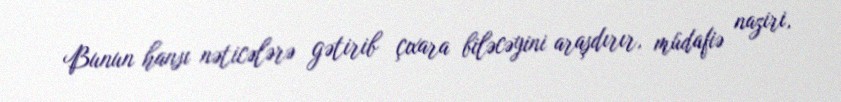
Bunun hansı nəticələrə gətirib çıxara biləcəyini araşdırır, müdafiə naziri,